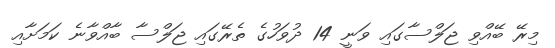
މިރޭ ބޭއްވި ޖަލްސާގައި ވަނީ 14 ދުވަހުގެ ތެރޭގައި ޖަލްސާ ބާއްވާނެ ކަމަށާއި